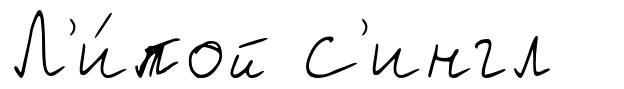
Л'и́пой С'ингл